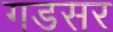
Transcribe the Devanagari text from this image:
गडसर